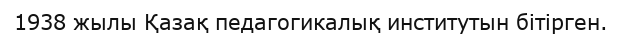
1938 жылы Қазақ педагогикалық институтын бітірген.